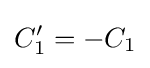
C_{1}'=-C_{1}